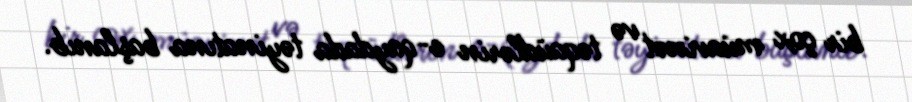
bir çox müavinət və təqaüdlərin e-qaydada təyinatına başlanıb.